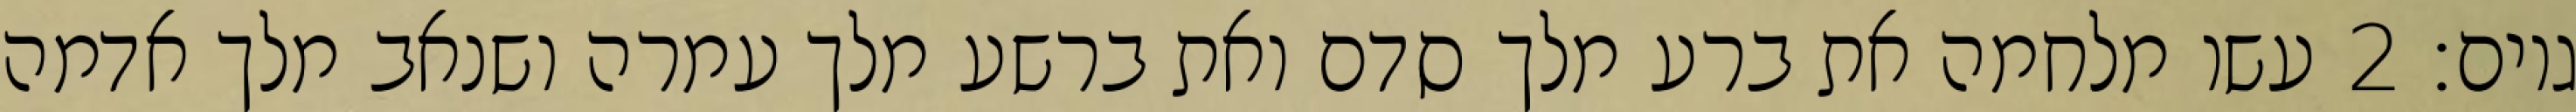
גוים׃ ‎2‏ עשו מלחמה את ברע מלך סדם ואת ברשע מלך עמרה ושנאב מלך אדמה